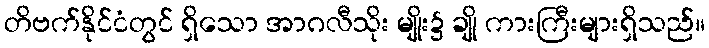
တိဗက်နိုင်ငံတွင် ရှိသော အာဂလီသိုး မျိုး၌ ချို ကားကြီးများရှိသည်။